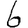
Digit: 6